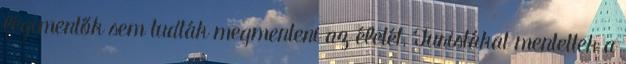
légimentők sem tudták megmenteni az életét. Turistákat mentettek a